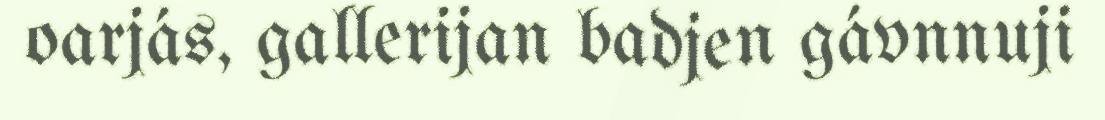
oarjás, gallerijan badjen gávnnuji